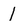
Character: l